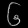
Digit: ၆